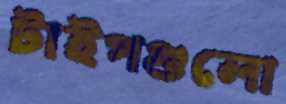
টাইপগুলো